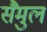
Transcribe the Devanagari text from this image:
सैमुल